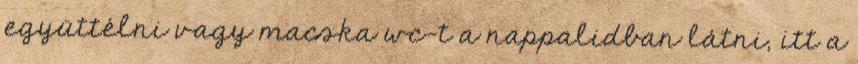
együttélni vagy macska wc-t a nappalidban látni, itt a